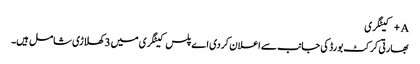
A+ کیٹگری
بھارتی کرکٹ بورڈ کی جانب سے اعلان کردی اے پلس کیٹگری میں 3 کھلاڑی شامل ہیں۔